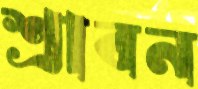
শ্রাবন